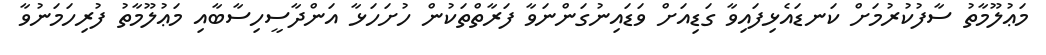
މަޢުލޫމާތު ސާފުކުރުމަށް ކަނޑައެޅިފައިވާ ގަޑިއަށް ވަޑައިނުގަންނަވާ ފަރާތްތަކުން ހުށަހަޅާ އަންދާސީހިސާބާއި މަޢުލޫމާތު ފުރިހަމަނުވާ